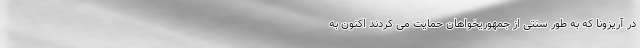
در آریزونا که به طور سنتی از جمهوریخواهان حمایت می کردند اکنون به